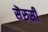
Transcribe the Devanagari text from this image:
सॆरुसी